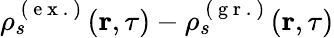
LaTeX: \rho_{s}^{\mathrm{~(~e~x~.~)~}}(\textbf{r},\tau)-\rho_{s}^{\mathrm{~(~g~r~.~)~}}(\textbf{r},\tau)